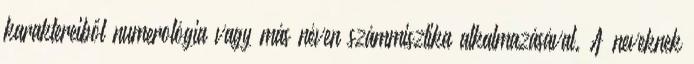
karaktereiből numerológia vagy más néven számmisztika alkalmazásával. A neveknek